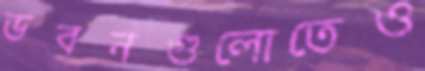
ভবনগুলোতেও